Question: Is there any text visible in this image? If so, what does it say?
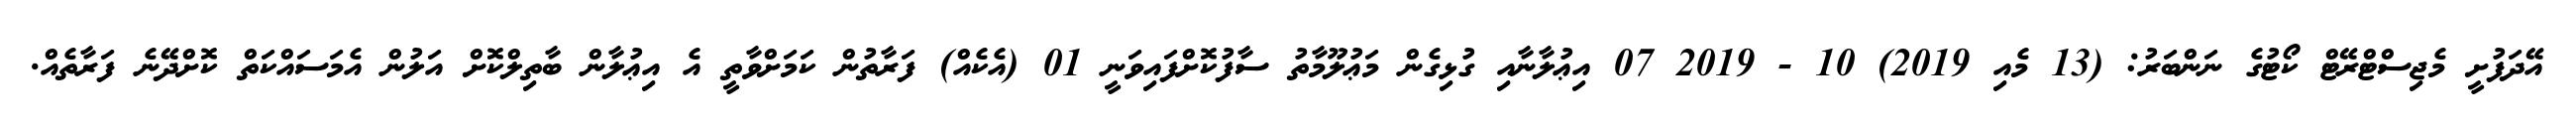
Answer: އޭދަފުށީ މެޖިސްޓްރޭޓް ކޯޓުގެ ނަންބަރު: (13 މެއި 2019) 10 - 2019 07 އިޢުލާނާއި ގުޅިގެން މަޢުލޫމާތު ސާފުކޮށްފައިވަނީ 01 (އެކެއް) ފަރާތުން ކަމަށްވާތީ އެ އިޢުލާން ބާތިލްކޮށް އަލުން އެމަސައްކަތް ކޮށްދޭނެ ފަރާތެއް.